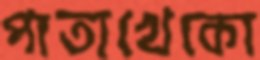
পাতাখেকো